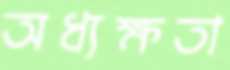
অধ্যক্ষতা